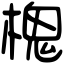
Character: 槐